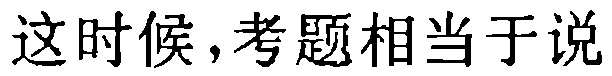
这时候,考题相当于说